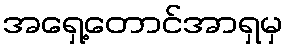
အရှေ့တောင်အာရှမှ